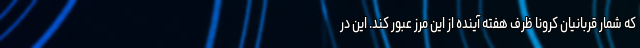
که شمار قربانیان کرونا ظرف هفته آینده از این مرز عبور کند. این در